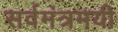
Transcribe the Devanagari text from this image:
सर्वमंत्रमयी